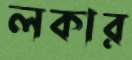
লকার